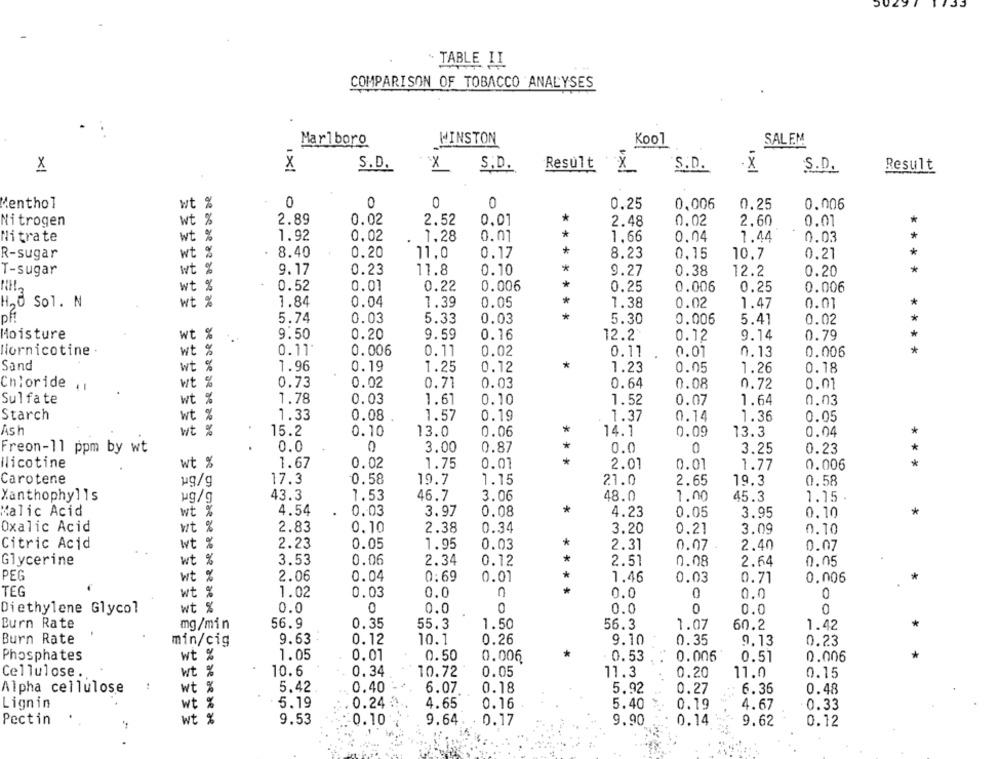
. TABLE II
COMPARISON OF TOBACCO ANALYSES
Marlboro
WINSTON
Kool
SALEM
X
X
S.D.
×
S.D.
Result X
.x
S.D.
S.D.
Result
Menthol
wt %
0
0
0
0
0.25
0,006
0.25
0.006
wt %
2.89
0.02
2.52
*
Nitrogen
0,01
2.48
0.02
2.60
0.01
*
Nitrate
1.92
0.02
1.28
0.01
* *
1,66
0.04
1.44
0.03
*
*
R-sugar
wt
8.40
0.20
11,0
0.17
8.23
0,15
10.7
0.21
T-sugar
wt %
9.17
0.23
11.8
0.10
*
9.27
0.38
12.2
0.20
*
: %
0.52
0.01
0.22
0.006
*
0.25
0.006
0.25
0.006
H,O Sol. N
%
1.84
0.04
1.39
0.05
*
1.38
0.02
0.01
1.47
5.74
0.03
5.33
0.03
*
5.30
0.02
0.006
5.41
Moisture
wt %
9.50
0.20
0.16
9.59
12.2
0.12
9.14
0.79
wt %
*
Nornicotine
0.11
0.006
0.11
0.02
0.11
0.01
0.13
0.006
*
Sand
wt
1.96
0.19
1.25
0.12
1.23
0.05
1.26
0.18
Chloride .1
%
0.73
0.02
0.71
0.03
0.64
0.08
0.72
0.01
Sulfate
1.78
0.03
1.61
0.10
1.52
0.07
1.64
0.03
Starch
wt %
1.33
0.08
1.57
0.19
1.37
0.14
1.36
0.05
As h
15.2
0.10
13.0
0.06
*
14.1
0.09
13.3
0.04
0.0
0
3.00
0.87
*
0.0
3.25
0.23
*
Freon-11 ppm by wt
0
Nicotine
wt %
1.67
1.75
0.01
*
*
0.02
2.01
0.01
1.77
0.006
Carotene
ug/g
17.3
0.58
19.7
1.15
21.0
2.65
19.3
0.58
Xanthophylls
ug/g
43.3
1.53
46.7
3.06
48.0
1.00
45.3
1.15
Malic Acid
wt %
4.54
0.03
3.97
0.08
4.23
0.05
3.95
0.10
*
Oxalic Acid
wt %
2.83
0.10
2.38
0.34
3.20
0.21
3.09
0.10
Citric Acid
wt %
2.23
0.05
1.95
0.03
*
2.31
0.07
2.40
0.07
Glycerine
wt %
3.53
0.06
2.34
0.12
*
2.51
0.05
0.08
2.64
PEG
wt
2.06
0.04
0:69
0.01
1.46
0.03
0.71
0.006
TEG
wt %
1.02
* *
0.03
0.0
0.0
0
0.0
0
wt %
0
0
0
Diethylene Glycol
0.0
0.0
0.0
0.0
0
Burn Rate
mg/min
56.9
0.35
55.3
1.50
56.3
1.07
60.2
1.42
Burn Rate
min/cig
9.63
0.12
10.1
0.26
9.10
0.35
9.13
0.23
Phosphates
wt %
1.05
0.01
0.50
0.006
0.53
0.006
0.51
0.006
Cellulose .
wt
10.6
0.34
10.72
0.05
11.3
0.20
11.0
0.15
Alpha cellulose
wt %
5.42
0.40
6.07.
0.18
5.92
0.27
6.36
0.48
Lignin
wt %
5.19
0.24
4.65
0.16
5.40
0.19
4.67
0.33
Pectin
wt %
9.53
9.64
9.90
0.14
9.62
0.12
0.10
0.17